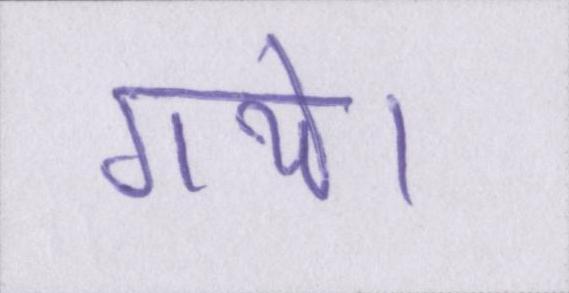
गये।